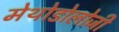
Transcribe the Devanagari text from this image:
मेथोडोलोजी